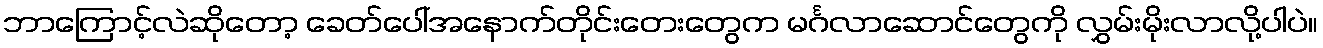
ဘာကြောင့်လဲဆိုတော့ ခေတ်ပေါ်အနောက်တိုင်းတေးတွေက မင်္ဂလာဆောင်တွေကို လွှမ်းမိုးလာလို့ပါပဲ။